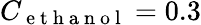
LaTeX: C_{\mathrm{~e~t~h~a~n~o~l~}}=0.3